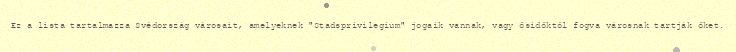
Ez a lista tartalmazza Svédország városait, amelyeknek "Stadsprivilegium" jogaik vannak, vagy ősidőktől fogva városnak tartják őket.